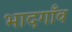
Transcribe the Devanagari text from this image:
भादगाँव